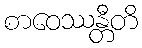
စာဝေဿန္တီတိ